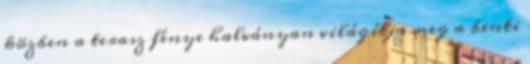
közben a terasz fénye halványan világítja meg a benti